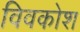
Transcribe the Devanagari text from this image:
विवकोश